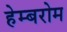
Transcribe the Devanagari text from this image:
हेम्बरोम